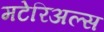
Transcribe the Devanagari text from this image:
मटेरिअल्स